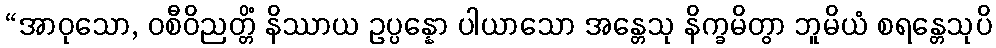
“အာဝုသော, ဝစီဝိညတ္တိံ နိဿာယ ဥပ္ပန္နော ပါယာသော အန္တေသု နိက္ခမိတွာ ဘူမိယံ စရန္တေသုပိ